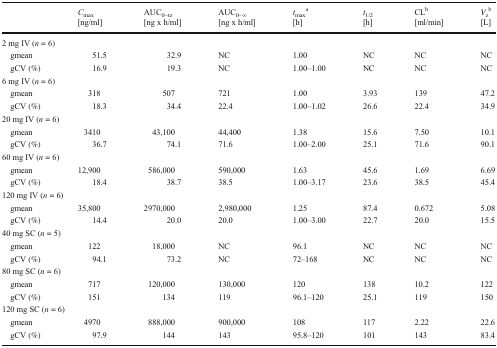
<table><thead><tr><td></td><td><b><i>C</i><sub>max</sub>[ng/ml]</b></td><td><b>AUC<sub>0−tz</sub>[ng x h/ml]</b></td><td><b>AUC<sub>0−∞</sub>[ng x h/ml]</b></td><td><b><i>t</i><sub>max</sub><sup>a</sup>[h]</b></td><td><b><i>t</i><sub>1/2</sub>[h]</b></td><td><b>CL<sup>b</sup>[ml/min]</b></td><td><b><i>V</i><sub>z</sub><sup>b</sup>[L]</b></td></tr></thead><tbody><tr><td colspan="8">2 mg IV (<i>n</i> = 6)</td></tr><tr><td> gmean</td><td>51.5</td><td>32.9</td><td>NC</td><td>1.00</td><td>NC</td><td>NC</td><td>NC</td></tr><tr><td> gCV (%)</td><td>16.9</td><td>19.3</td><td>NC</td><td>1.00–1.00</td><td>NC</td><td>NC</td><td>NC</td></tr><tr><td colspan="8">6 mg IV (<i>n</i> = 6)</td></tr><tr><td> gmean</td><td>318</td><td>507</td><td>721</td><td>1.00</td><td>3.93</td><td>139</td><td>47.2</td></tr><tr><td> gCV (%)</td><td>18.3</td><td>34.4</td><td>22.4</td><td>1.00–1.02</td><td>26.6</td><td>22.4</td><td>34.9</td></tr><tr><td colspan="8">20 mg IV (<i>n</i> = 6)</td></tr><tr><td> gmean</td><td>3410</td><td>43,100</td><td>44,400</td><td>1.38</td><td>15.6</td><td>7.50</td><td>10.1</td></tr><tr><td> gCV (%)</td><td>36.7</td><td>74.1</td><td>71.6</td><td>1.00–2.00</td><td>25.1</td><td>71.6</td><td>90.1</td></tr><tr><td colspan="8">60 mg IV (<i>n</i> = 6)</td></tr><tr><td> gmean</td><td>12,900</td><td>586,000</td><td>590,000</td><td>1.63</td><td>45.6</td><td>1.69</td><td>6.69</td></tr><tr><td> gCV (%)</td><td>18.4</td><td>38.7</td><td>38.5</td><td>1.00–3.17</td><td>23.6</td><td>38.5</td><td>45.4</td></tr><tr><td colspan="8">120 mg IV (<i>n</i> = 6)</td></tr><tr><td> gmean</td><td>35,800</td><td>2970,000</td><td>2,980,000</td><td>1.25</td><td>87.4</td><td>0.672</td><td>5.08</td></tr><tr><td> gCV (%)</td><td>14.4</td><td>20.0</td><td>20.0</td><td>1.00–3.00</td><td>22.7</td><td>20.0</td><td>15.5</td></tr><tr><td colspan="8">40 mg SC (<i>n</i> = 5)</td></tr><tr><td> gmean</td><td>122</td><td>18,000</td><td>NC</td><td>96.1</td><td>NC</td><td>NC</td><td>NC</td></tr><tr><td> gCV (%)</td><td>94.1</td><td>73.2</td><td>NC</td><td>72–168</td><td>NC</td><td>NC</td><td>NC</td></tr><tr><td colspan="8">80 mg SC (<i>n</i> = 6)</td></tr><tr><td> gmean</td><td>717</td><td>120,000</td><td>130,000</td><td>120</td><td>138</td><td>10.2</td><td>122</td></tr><tr><td> gCV (%)</td><td>151</td><td>134</td><td>119</td><td>96.1–120</td><td>25.1</td><td>119</td><td>150</td></tr><tr><td colspan="8">120 mg SC (<i>n</i> = 6)</td></tr><tr><td> gmean</td><td>4970</td><td>888,000</td><td>900,000</td><td>108</td><td>117</td><td>2.22</td><td>22.6</td></tr><tr><td> gCV (%)</td><td>97.9</td><td>144</td><td>143</td><td>95.8–120</td><td>101</td><td>143</td><td>83.4</td></tr></tbody></table>